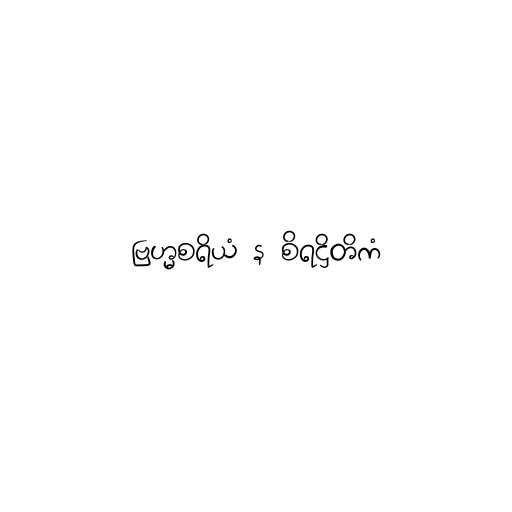
ဗြဟ္မစရိယံ န စိရဋ္ဌိတိကံ